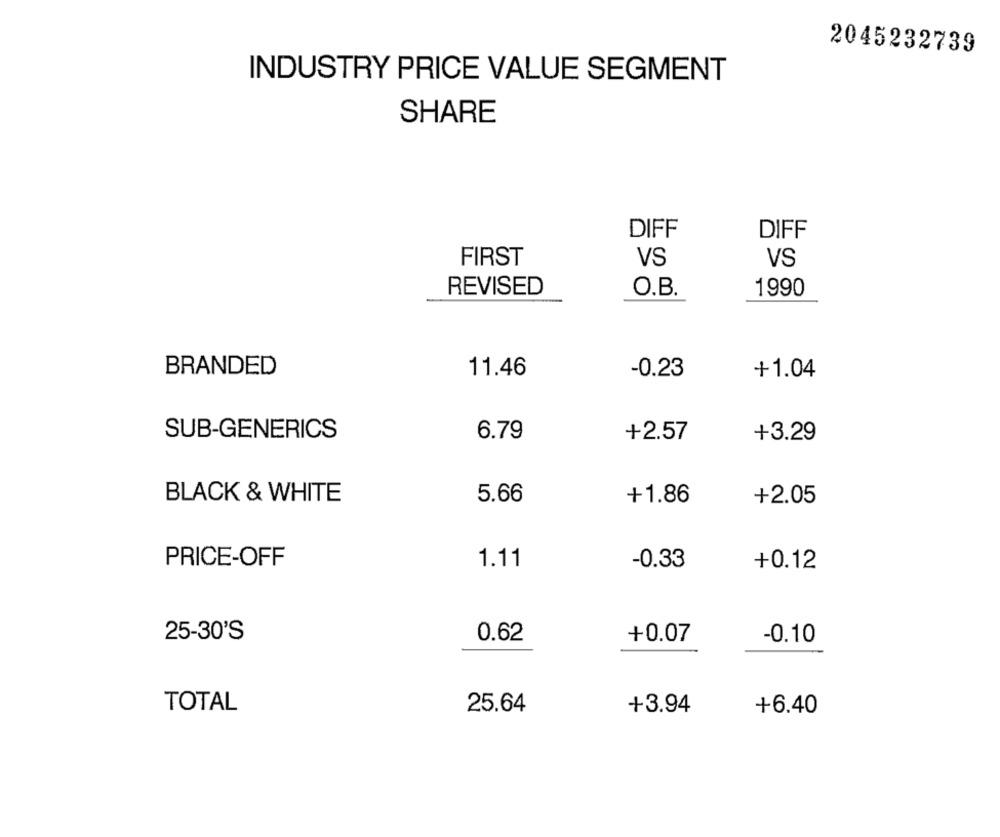
2045232739
INDUSTRY PRICE VALUE SEGMENT
SHARE
DIFF
DIFF
FIRST
VS
VS
REVISED
O.B.
1990
BRANDED
11.46
-0.23
+1.04
SUB-GENERICS
6.79
+2.57
+3.29
BLACK & WHITE
5.66
+1.86
+2.05
PRICE-OFF
1.11
-0.33
+0.12
25-30'S
0.62
+0.07
-0.10
TOTAL
25.64
+3.94
+6.40